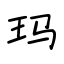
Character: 玛